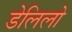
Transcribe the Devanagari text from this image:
डेलिलो